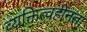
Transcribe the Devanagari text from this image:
व्यक्तित्वहीनता